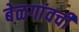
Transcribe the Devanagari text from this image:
बेळगांवची